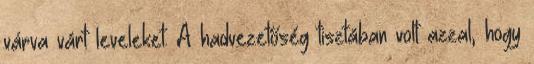
várva várt leveleket. A hadvezetőség tisztában volt azzal, hogy